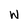
Character: w